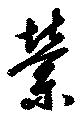
縈